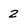
Character: 2